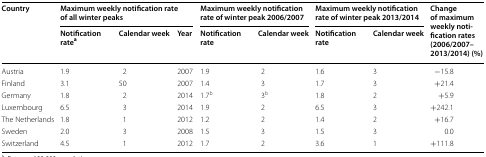
<table><thead><tr><td rowspan="2"><b>Country</b></td><td colspan="3"><b>Maximum weekly notification rate of all winter peaks</b></td><td colspan="2"><b>Maximum weekly notification rate of winter peak 2006/2007</b></td><td colspan="2"><b>Maximum weekly notification rate of winter peak 2013/2014</b></td><td rowspan="2"><b>Change of maximum weekly notification rates (2006/2007–2013/2014) (%)</b></td></tr><tr><td><b>Notification rate<sup>a</sup></b></td><td><b>Calendar week</b></td><td><b>Year</b></td><td><b>Notification rate</b></td><td><b>Calendar week</b></td><td><b>Notification rate</b></td><td><b>Calendar week</b></td></tr></thead><tbody><tr><td>Austria</td><td>1.9</td><td>2</td><td>2007</td><td>1.9</td><td>2</td><td>1.6</td><td>3</td><td>−15.8</td></tr><tr><td>Finland</td><td>3.1</td><td>50</td><td>2007</td><td>1.4</td><td>3</td><td>1.7</td><td>3</td><td>+21.4</td></tr><tr><td>Germany</td><td>1.8</td><td>2</td><td>2014</td><td>1.7<sup>b</sup></td><td>3<sup>b</sup></td><td>1.8</td><td>2</td><td>+5.9</td></tr><tr><td>Luxembourg</td><td>6.5</td><td>3</td><td>2014</td><td>1.9</td><td>2</td><td>6.5</td><td>3</td><td>+242.1</td></tr><tr><td>The Netherlands</td><td>1.8</td><td>1</td><td>2012</td><td>1.2</td><td>2</td><td>1.4</td><td>2</td><td>+16.7</td></tr><tr><td>Sweden</td><td>2.0</td><td>3</td><td>2008</td><td>1.5</td><td>3</td><td>1.5</td><td>3</td><td>0.0</td></tr><tr><td>Switzerland</td><td>4.5</td><td>1</td><td>2012</td><td>1.7</td><td>2</td><td>3.6</td><td>1</td><td>+111.8</td></tr></tbody></table>